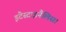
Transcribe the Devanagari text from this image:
इंटेस्टाइनैलिस।